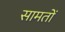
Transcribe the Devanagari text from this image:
सामतों